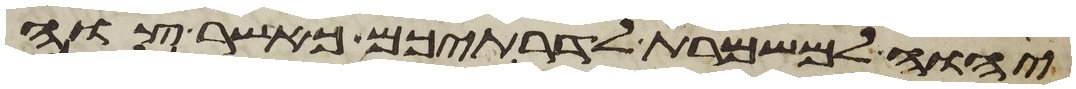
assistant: יהוה למשמרת לדרתיכם כאשר צוה